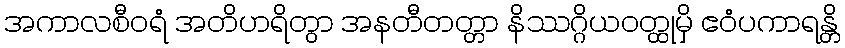
အကာလစီဝရံ အတိဟရိတွာ အနတီတတ္တာ နိဿဂ္ဂိယဝတ္ထုမှိ ဧဝံပကာရန္တိ